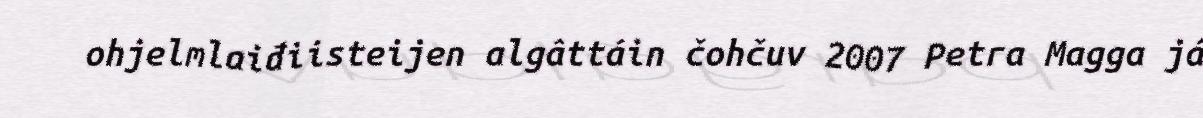
ohjelmlaiđiisteijen algâttáin čohčuv 2007 Petra Magga já